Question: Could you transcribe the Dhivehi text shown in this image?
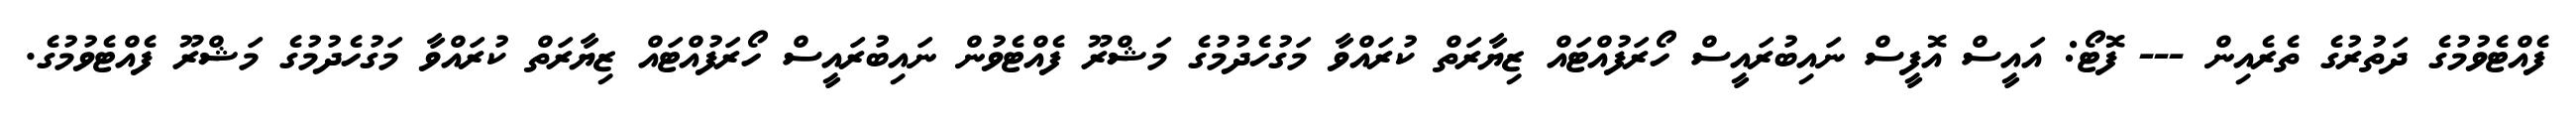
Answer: ފެއްޓެވުމުގެ ދަތުރުގެ ތެރެއިން --- ފޮޓޯ: އައީސް އޮފީސް ނައިބުރައީސް ހޯރަފުއްޓައް ޒިޔާރަތް ކުރައްވާ މަގުހެދުމުގެ މަޝްރޫ ފެއްޓެވުން ނައިބުރައީސް ހޯރަފުއްޓައް ޒިޔާރަތް ކުރައްވާ މަގުހެދުމުގެ މަޝްރޫ ފެއްޓެވުމުގެ.